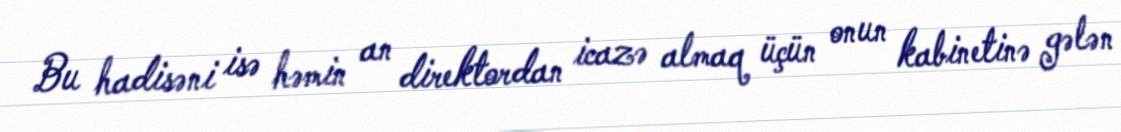
Bu hadisəni isə həmin an direktordan icazə almaq üçün onun kabinetinə gələn